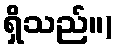
ရှိသည်။)